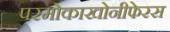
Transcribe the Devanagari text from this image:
परमोकाखोनीफेरस